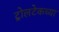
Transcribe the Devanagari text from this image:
ट्रोलटेकच्या